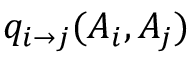
q _ { i \to j } ( A _ { i } , A _ { j } )